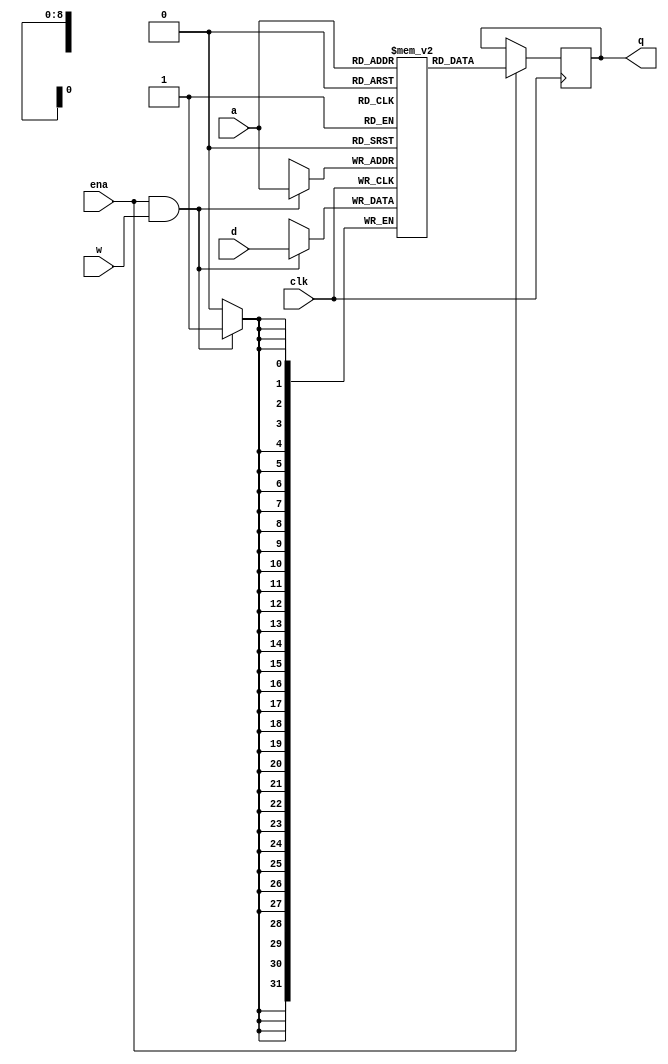
module              cog_ram
(
input               clk,
input               ena,

input               w,
input        [8:0]  a,
input       [31:0]  d,

output reg  [31:0]  q
);


// 512 x 32 ram

reg         [31:0]  r [511:0];

always @(posedge clk)
begin
    if (ena && w)
        r[a] <= d;
    if (ena)
        q <= r[a];
end

endmodule